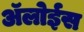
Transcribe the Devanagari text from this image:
ॲलोईस